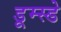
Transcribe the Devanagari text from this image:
डूम्स्डे